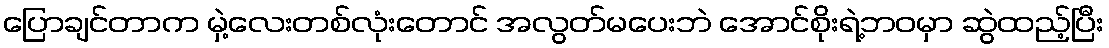
ပြောချင်တာက မှဲ့လေးတစ်လုံးတောင် အလွတ်မပေးဘဲ အောင်စိုးရဲ့ဘဝမှာ ဆွဲထည့်ပြီး